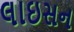
લાઇસન